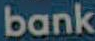
bank